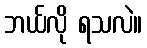
ဘယ်လို ရသလဲ။